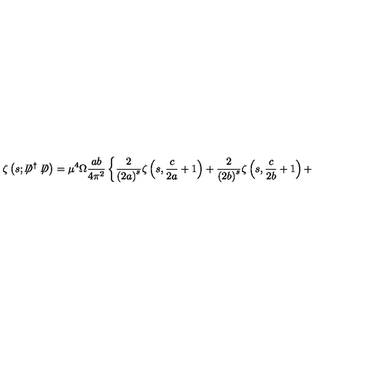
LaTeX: \zeta \left( s ; \not \! \! D ^ { \dag } \not \! \! D \right) = { \mu } ^ { 4 } \Omega \frac { a b } { 4 { \pi } ^ { 2 } } \left\{ \frac { 2 } { \left( 2 a \right) ^ { s } } \zeta \left( s , \frac { c } { 2 a } + 1 \right) + \frac { 2 } { \left( 2 b \right) ^ { s } } \zeta \left( s , \frac { c } { 2 b } + 1 \right) + \right.